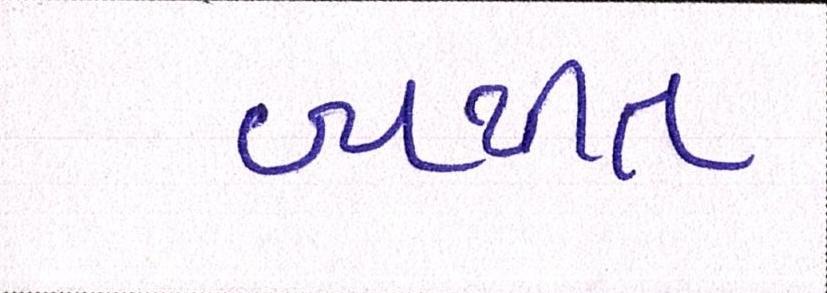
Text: વ્યથીત